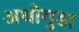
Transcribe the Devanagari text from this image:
अधोगुडा